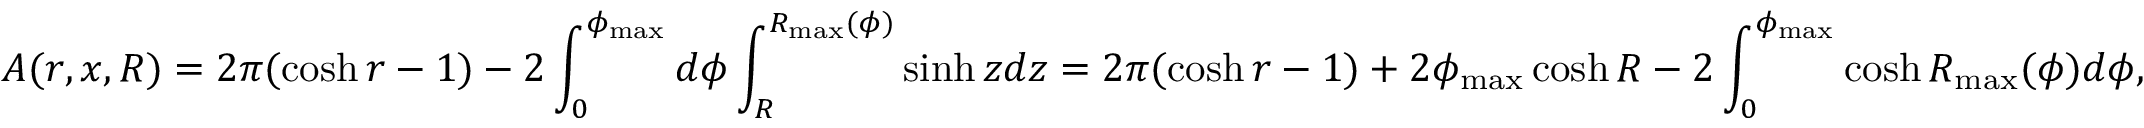
A ( r , x , R ) = 2 \pi ( \cosh r - 1 ) - 2 \int _ { 0 } ^ { \phi _ { \operatorname* { m a x } } } d \phi \int _ { R } ^ { R _ { \operatorname* { m a x } } ( \phi ) } \sinh z d z = 2 \pi ( \cosh r - 1 ) + 2 \phi _ { \operatorname* { m a x } } \cosh R - 2 \int _ { 0 } ^ { \phi _ { \operatorname* { m a x } } } \cosh R _ { \operatorname* { m a x } } ( \phi ) d \phi ,